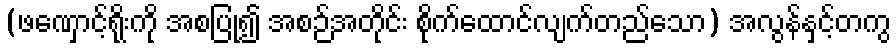
(ဖဏှောင့်ရိုးကို အစပြု၍ အစဉ်အတိုင်း စိုက်ထောင်လျက်တည်သော) အလွန်နှင့်တကွ